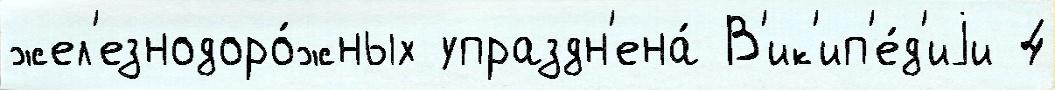
жел'езнодоро́жных упраздн'ена́ В'ик'ип'е́д'иjи 4